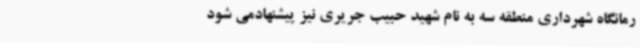
رمانگاه شهرداری منطقه سه به نام شهید حبیب جریری نیز پیشنهادمی شود